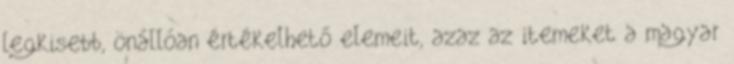
legkisebb, önállóan értékelhető elemeit, azaz az itemeket a magyar